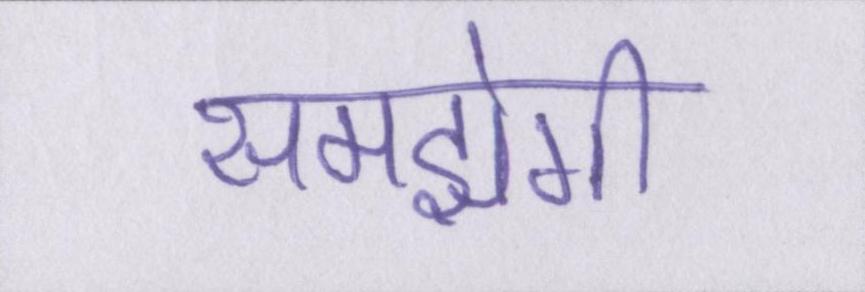
समझेगी